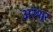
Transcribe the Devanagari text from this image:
अरशूर